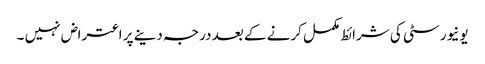
یونیورسٹی کی شرائط مکمل کرنے کے بعد درجہ دینے پر اعتراض نہیں ۔